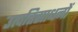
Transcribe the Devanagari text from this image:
उत्पत्तिसाधनों